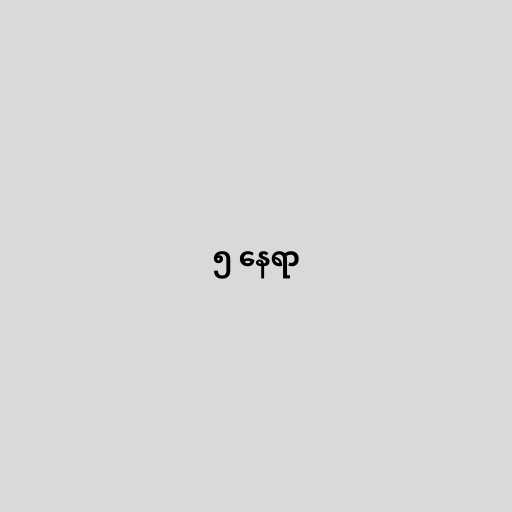
၅ နေရာ